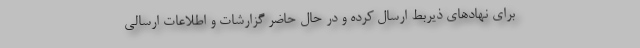
برای نهادهای ذیربط ارسال کرده و در حال حاضر گزارشات و اطلاعات ارسالی